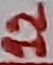
Text: 12